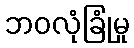
ဘဝလုံခြုံမှု